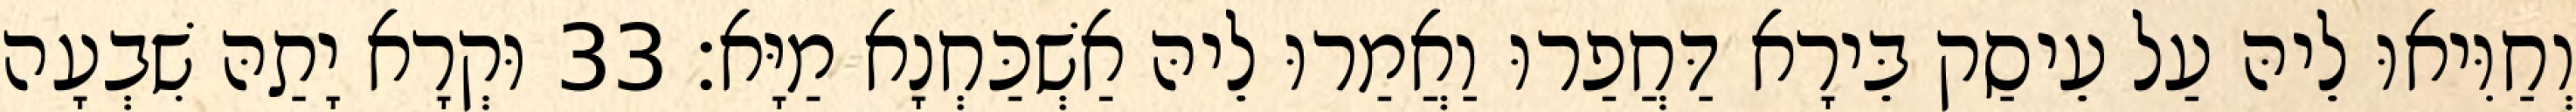
וְחַוִּיאוּ לֵיהּ עַל עֵיסַק בֵּירָא דַּחֲפַרוּ וַאֲמַרוּ לֵיהּ אַשְׁכַּחְנָא מַיָּא׃ 33 וּקְרָא יָתַהּ שִׁבְעָה